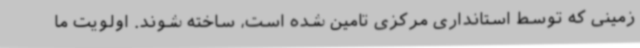
زمینی که توسط استانداری مرکزی تامین شده است، ساخته شوند. اولویت ما